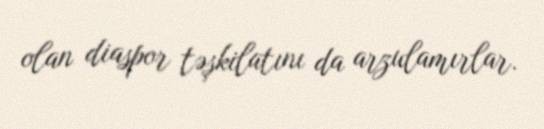
olan diaspor təşkilatını da arzulamırlar.